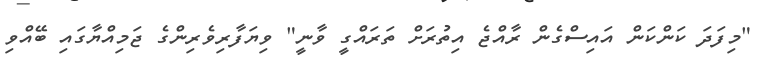
"މިފަދަ ކަންކަން އައިސްގެން ރާއްޖެ އިތުރަށް ތަރައްގީ ވާނީ" ވިޔަފާރިވެރިންގެ ޖަމިއްޔާގައި ބޭއްވި